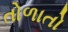
તોળાતો